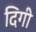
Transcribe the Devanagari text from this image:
दिगी